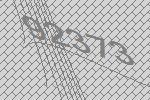
92373